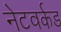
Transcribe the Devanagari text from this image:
नेटवर्कड